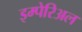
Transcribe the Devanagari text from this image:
इम्पेरिअल